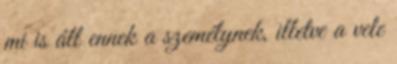
mi is áll ennek a személynek, illetve a vele